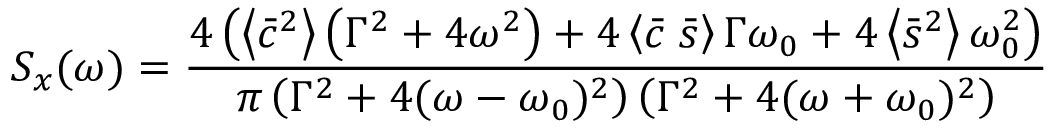
S _ { x } ( \omega ) = \frac { 4 \left( \left\langle \bar { c } ^ { 2 } \right\rangle \left( \Gamma ^ { 2 } + 4 \omega ^ { 2 } \right) + 4 \left\langle \bar { c } \; \bar { s } \right\rangle \Gamma \omega _ { 0 } + 4 \left\langle \bar { s } ^ { 2 } \right\rangle \omega _ { 0 } ^ { 2 } \right) } { \pi \left( \Gamma ^ { 2 } + 4 ( \omega - \omega _ { 0 } ) ^ { 2 } \right) \left( \Gamma ^ { 2 } + 4 ( \omega + \omega _ { 0 } ) ^ { 2 } \right) }